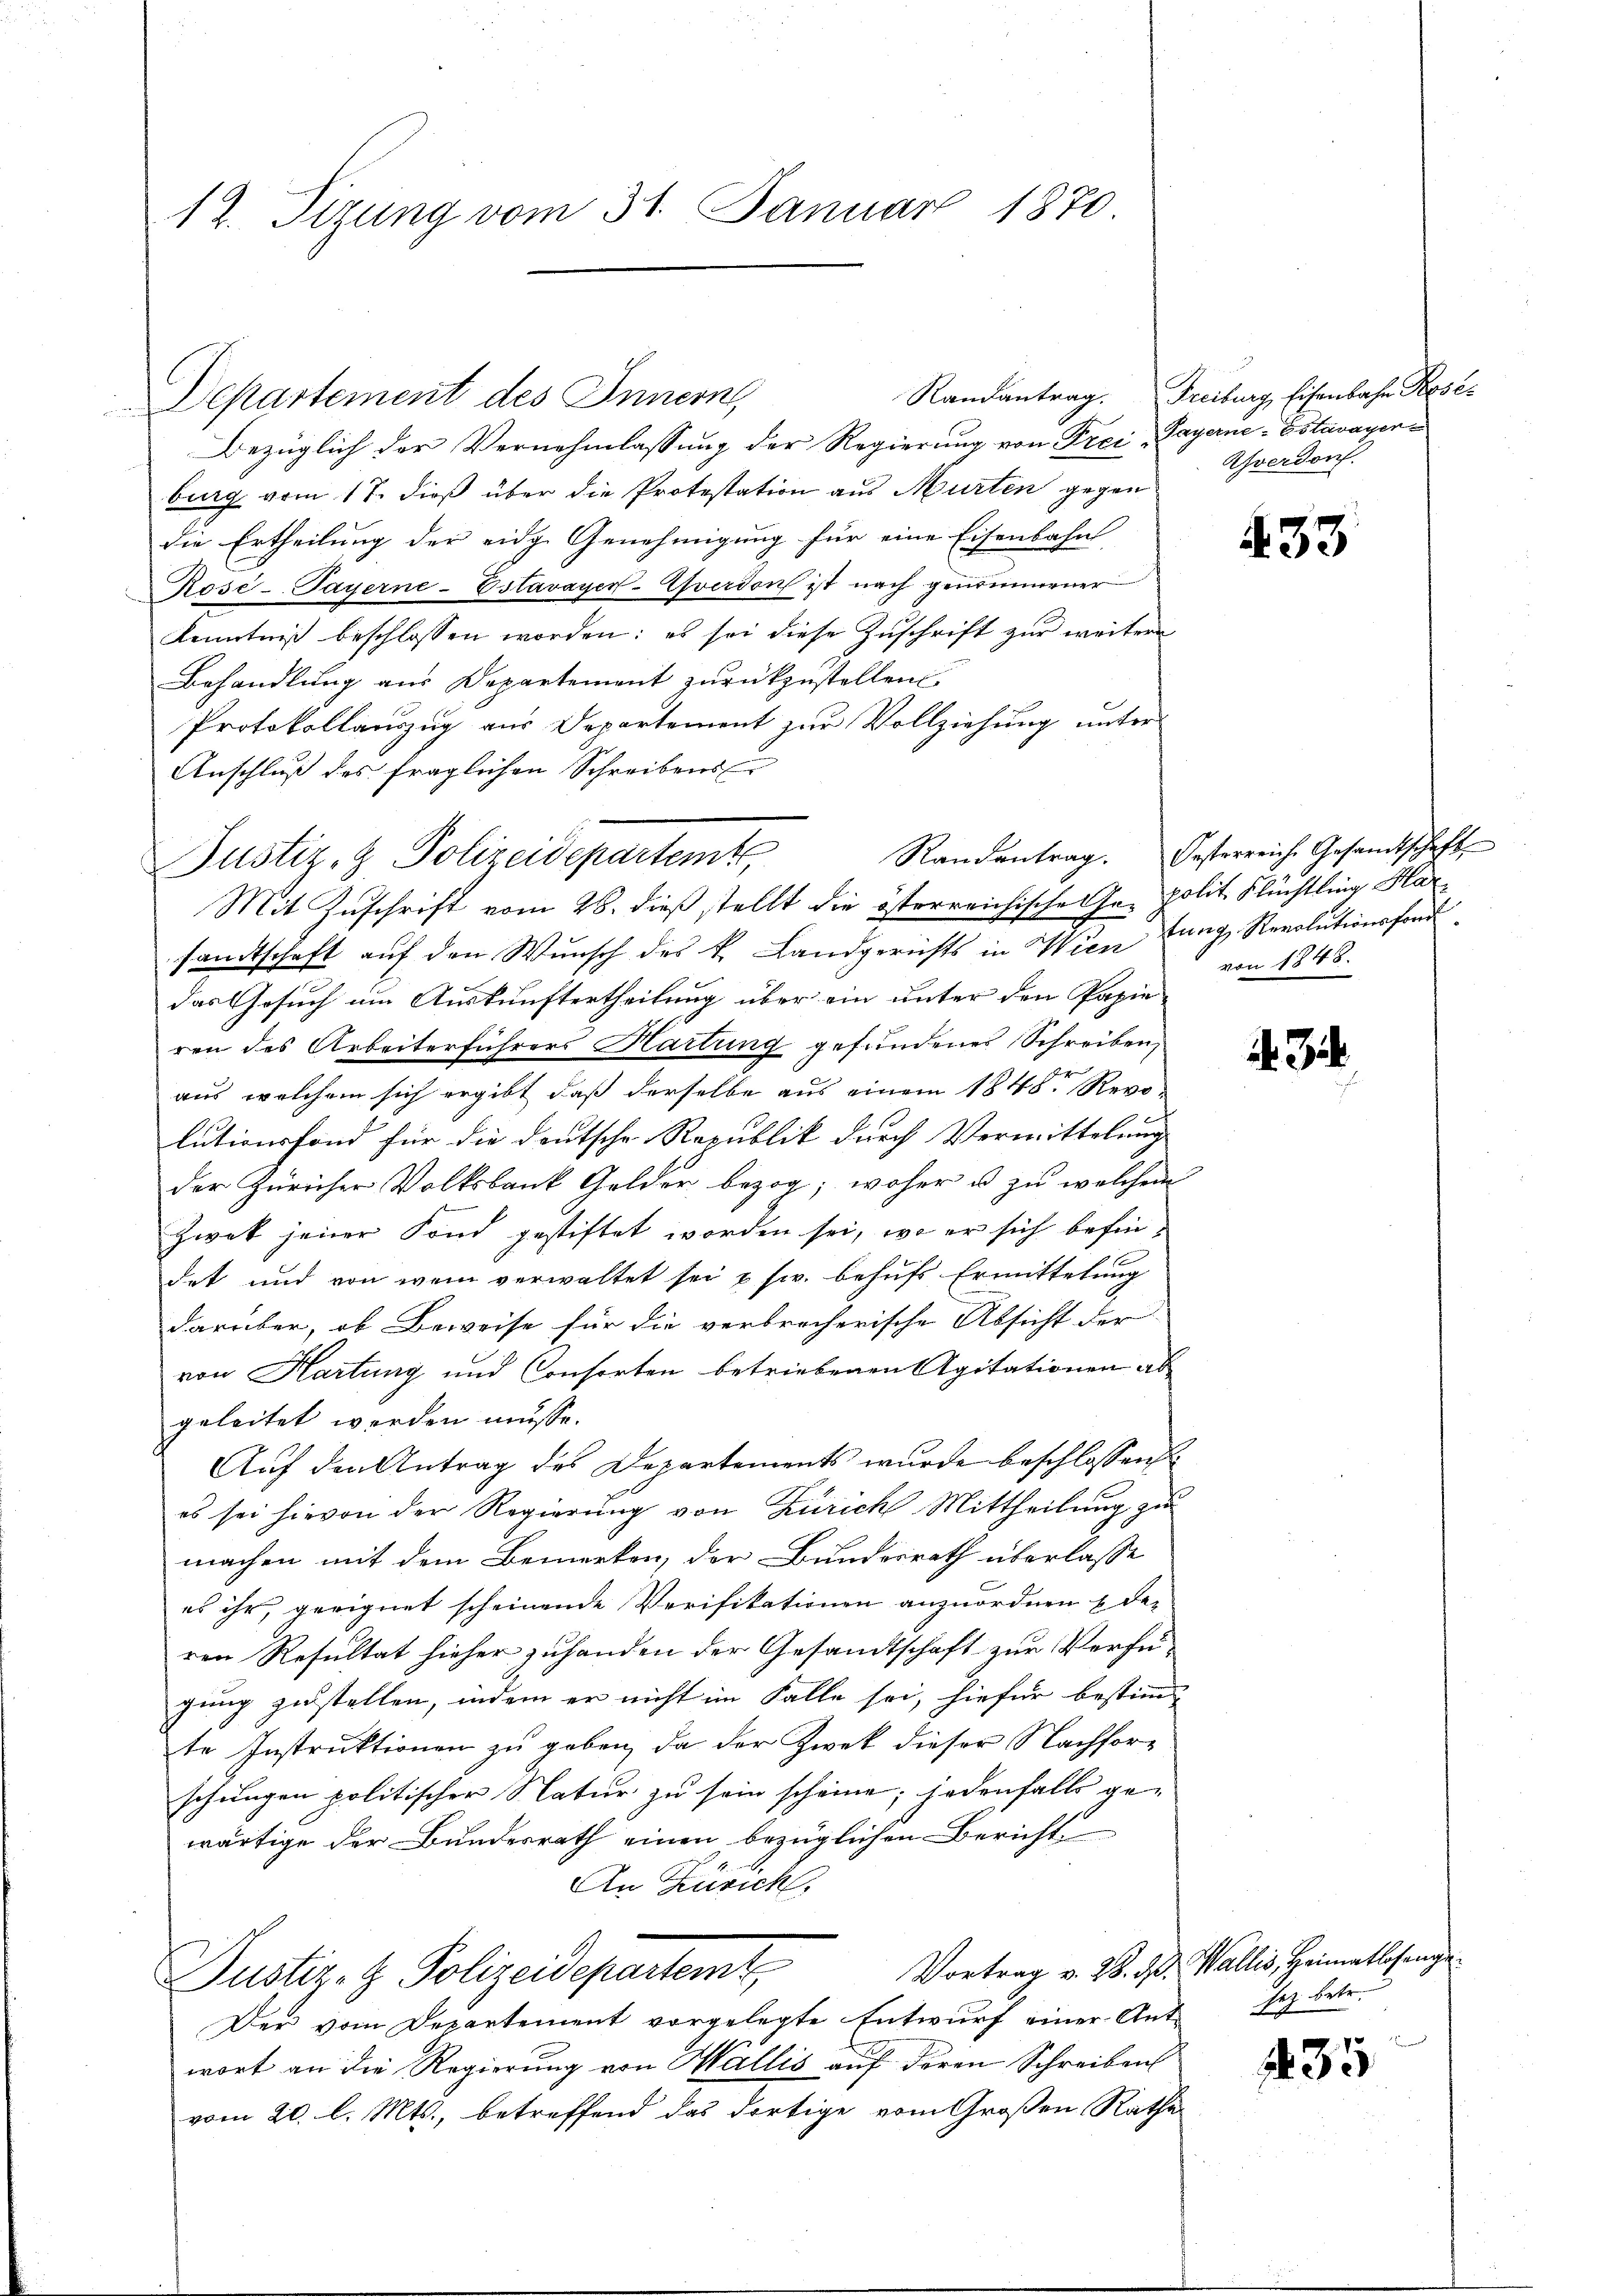
14. Tizung vom 31. Januar 1870

Departement des Innern,

Bezüglich der Vernehmlassung der Regierung von Frei Payerne-Estavayer
burg vom 17. dieß über die Protestation aus Murten gegen
die Ertheilung der eidg. Genehmigung für eine Eisenbahn
Rose-Payerne-Estavayer-Everdon ist nach genommener
Kenntniß beschlossen worden: es sei diese Zuschrift zur weitere
Behandlung aus Departement zurückzustellen.
Protokollauszug aus Departement zur Vollziehung unter
Anschluß des fraglichen Schreibens
Justiz- & Polizeidepartemt
Mit Zuschrift vom 28. dieß stellt die österreichische er polit. Flüchtling Har
samtschaft auf den Wunsch des k. Landgerichts in Wien fung, Revolutionsford
das Gesuch um Auskunftertheilung über ein unter den Papieren des Arbeiterführers Hartung gefundenes Schreiben,
aus, welchem sich ergibt, daß derselbe aus einem 1848. Revo
lutionsfond für die deutsche Republik durch Vermittelung
der Züricher Volksbank Gelder bezog; woher u. zu welchem
zwek jener Fond gestiftet worden sei, wo er sich befindet und von wenn verwaltet sei u. s. behufs Ermittelung
darüber, ob Beweise für die verbrecherische Absicht der
von Hartung und Consorten betriebenen Agitationen ab
geleitet werden müsse.
Aŭf den Antrag des Departements wurde beschlossen
es sei hievon der Regierung von Zürich Mittheilung zu
machen mit dem Bemerken, der Bundesrath überlasse
es ihr, geeignet scheinende Verifikationen anzuordnen & de-
ren Resultat hieher zuhanden der Gesandtschaft zur Verfügung zustellen, indem er nicht im Falle sei, hiefür bestimmt
te Instrŭktionen zŭ geben, da der Zwek dieser Nachforschungen politischer Natur zu sein scheine; jedenfalls ge-
wärtige der Bundesrath einen bezüglichen Bericht
An Zürich,
Vortrag v. 28. d. Wallis, Heimatlosenge
Justiz- & Polizeidepartemt
Der vom Departement vorgelegte Entwurf einer Ant sez betr.
wort an die Regierung von Wallis auf deren Schreiben
vom 20. l. Mts., betreffend das dortige vom Großen Rathe

Randantrag. Freiburg, Eisenbahn Kose
Zverdon.

433

Randantrag. Oesterreiche Gesandtschaft
von 1848.

. 3

435